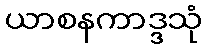
ယာစနကာဒ္ဒသုံ